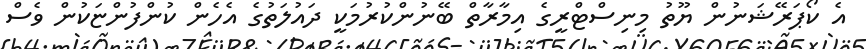
އެ ކޯޕަރޭޝަނުން ޔޫތު މިނިސްޓްރީގެ އިމާރާތް ބޭނުންކުރުުމަކީ ދައުލަތުގެ އެހެން ކުންފުންޏަކުން ވެސް